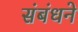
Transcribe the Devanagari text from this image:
संबंधने